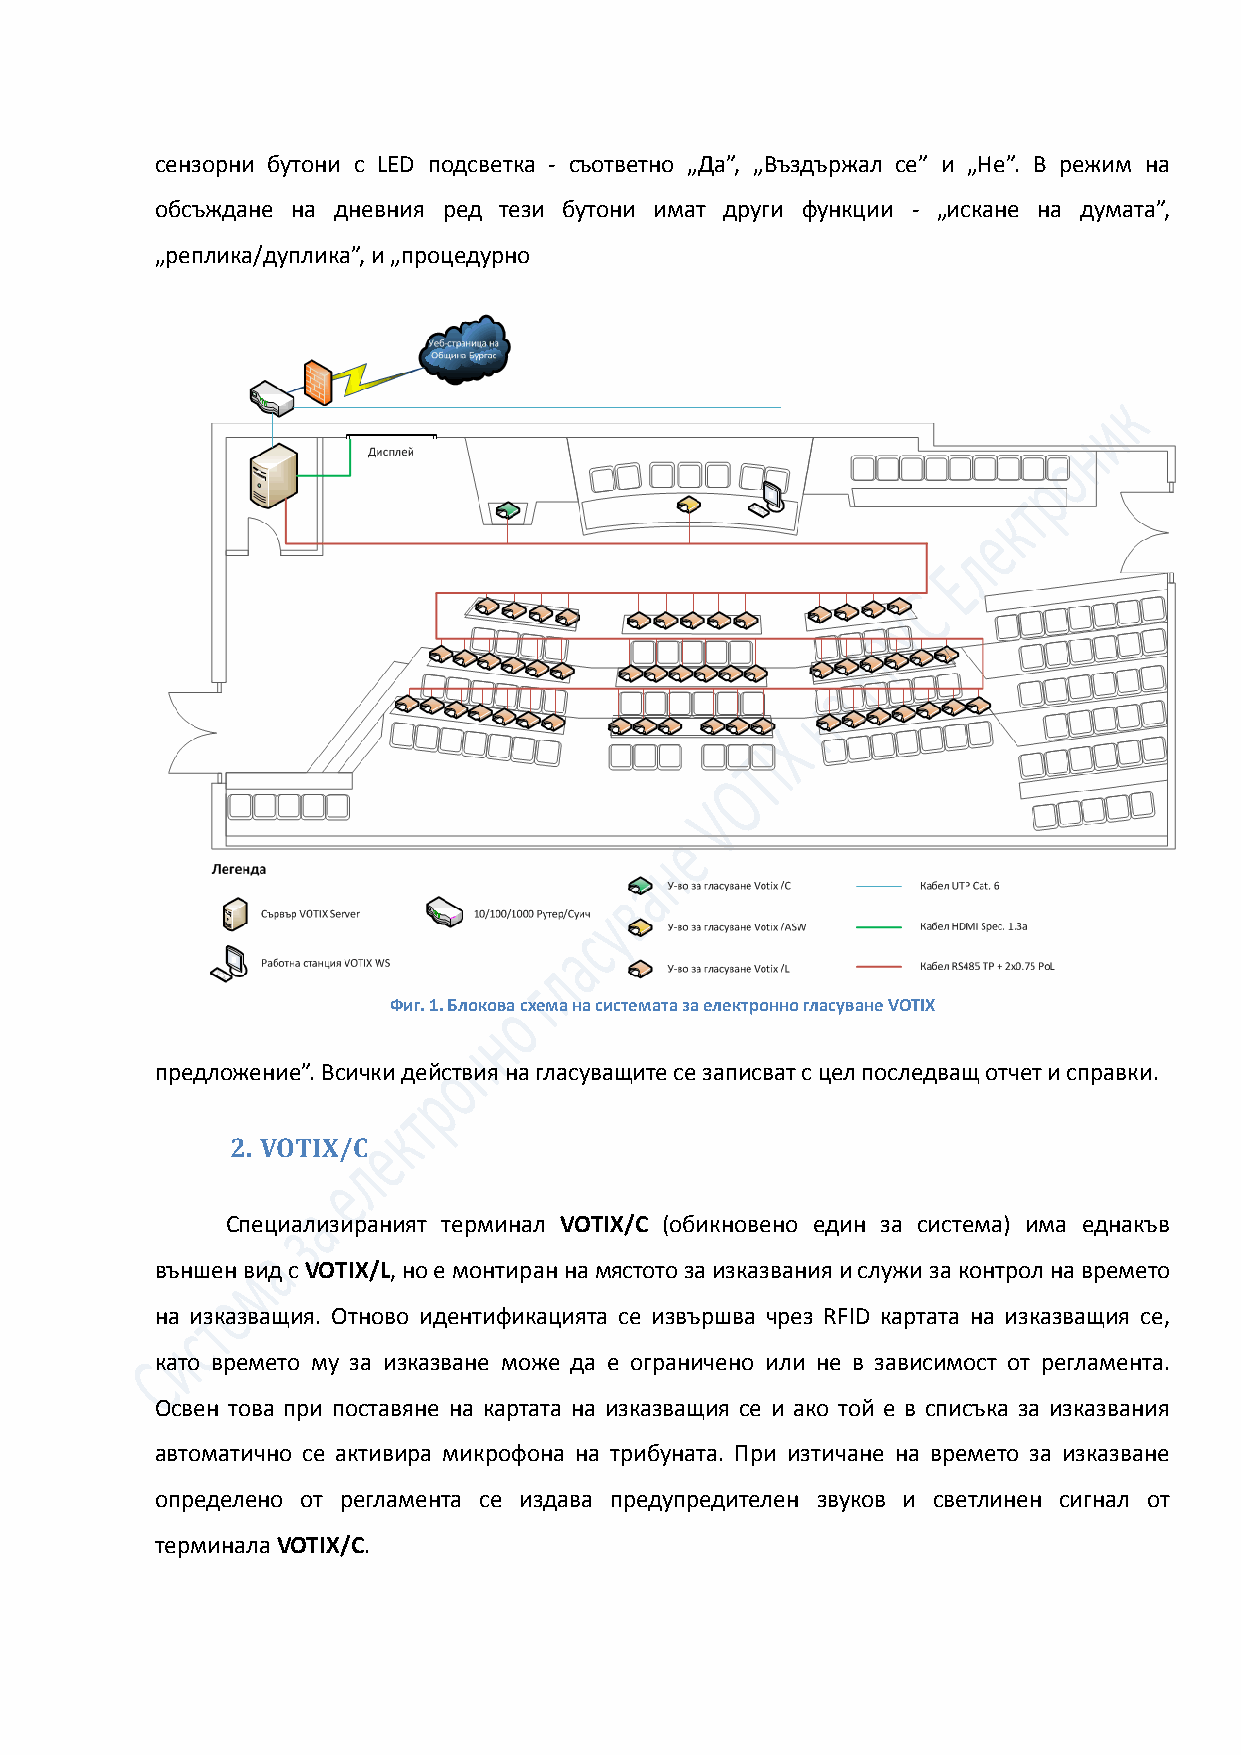
сензорни бутони с LED подсветка - съответно „Да”, „Въздържал се” и „Не”. В режим на
 обсъждане на дневния ред тези бутони имат други функции - „искане на думата”,
 „реплика/дуплика”, и „процедурно
 Фиг. 1. Блокова схема на системата за електронно гласуване VOTIX
 предложение”. Всички действия на гласуващите се записват с цел последващ отчет и справки.
 2. VOTIX/C
 Специализираният терминал VOTIX/C (обикновено един за система) има еднакъв
 външен вид с VOTIX/L, но е монтиран на мястото за изказвания и служи за контрол на времето
 на изказващия. Отново идентификацията се извършва чрез RFID картата на изказващия се,
 като времето му за изказване може да е ограничено или не в зависимост от регламента.
 Освен това при поставяне на картата на изказващия се и ако той е в списъка за изказвания
 автоматично се активира микрофона на трибуната. При изтичане на времето за изказване
 определено от регламента се издава предупредителен звуков и светлинен сигнал от
 терминала VOTIX/C.